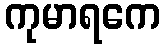
ကုမာရကေ